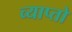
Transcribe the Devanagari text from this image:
व्याप्तो